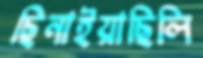
ছিনাইয়াছিলি